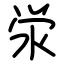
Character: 泶